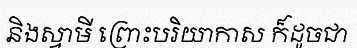
និងស្វាមី ព្រោះបរិយាកាស ក៏ដូចជា